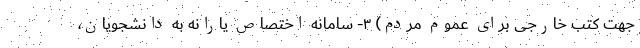
جهت کتب خارجی برای عموم مردم) ۳- سامانه اختصاص یارانه به دانشجویان،